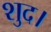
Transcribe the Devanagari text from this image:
शुद।